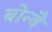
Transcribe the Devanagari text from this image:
बोन्वै